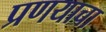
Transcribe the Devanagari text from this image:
प्रणयाचा